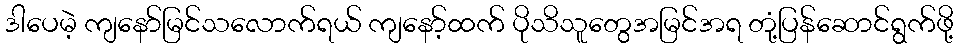
ဒါပေမဲ့ ကျနော်မြင်သလောက်ရယ် ကျနော့်ထက် ပိုသိသူတွေအမြင်အရ တုံ့ပြန်ဆောင်ရွက်ဖို့